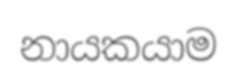
නායකයාම